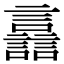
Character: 譶